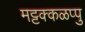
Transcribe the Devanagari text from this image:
मट्टक्कळप्पु